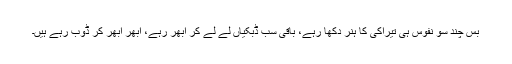
بس چند سو نفوس ہی تیراکی کا ہنر دِکھا رہے، باقی سب ڈبکیاں لے لے کر اُبھر رہے، اُبھر اُبھر کر ڈوب رہے ہیں۔